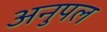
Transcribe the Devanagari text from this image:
अनुपल